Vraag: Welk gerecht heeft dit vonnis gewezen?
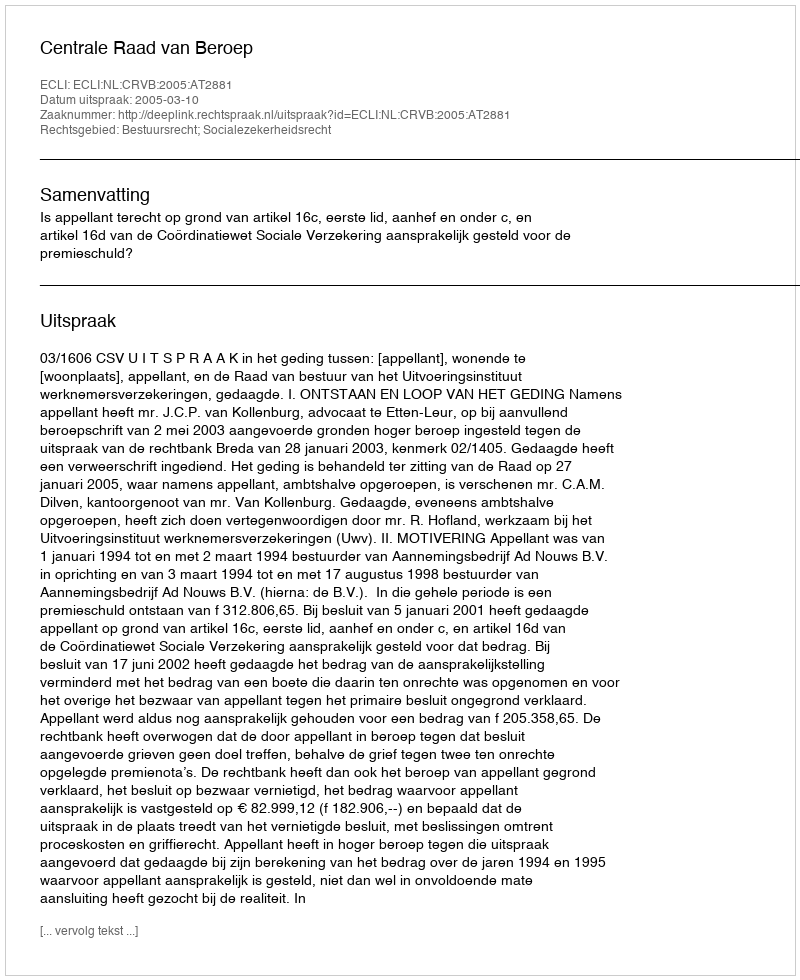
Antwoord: Centrale Raad van Beroep